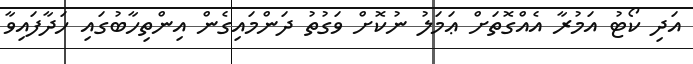
އަދި ކޯޓު އަމުރާ އެއްގޮތަށް ޢަމަލު ނުކޮށް ވަގުތު ދަންމައިގެން އިންތިހާބުގައި ހަދާފައިވާ